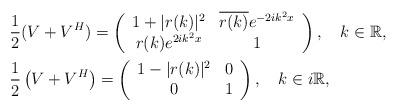
LaTeX: \begin{align*} &\frac{1}{2}(V + V^H) = \left(\begin{array}{cc}1+ |r(k)|^2 & \overline{r(k)}e^{-2ik^2x} \\r(k)e^{2ik^2x} & 1 \end{array} \right), \ \ \ k\in \mathbb{R}, \\&\frac{1}{2}\left(V + V^H\right) = \left(\begin{array}{cc} 1-|r(k)|^2 & 0 \\0 & 1 \end{array} \right), \ \ \ k\in i\mathbb{R}, \end{align*}